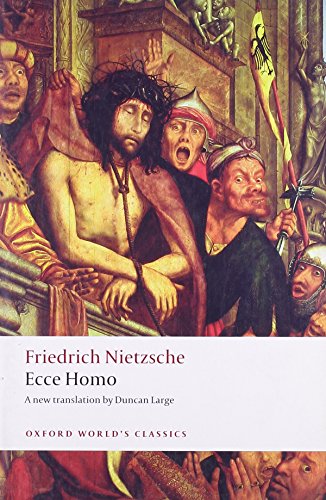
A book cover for Ecce Homo: How One Becomes What One Is (Oxford World's Classics); Friedrich Nietzsche; Biographies & Memoirs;